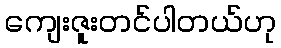
ကျေးဇူးတင်ပါတယ်ဟု